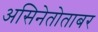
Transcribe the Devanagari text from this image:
असिनेतोताबर